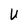
Character: U